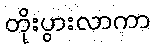
တိုးပွားလာကာ